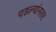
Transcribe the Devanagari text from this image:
पडल्यांनतर